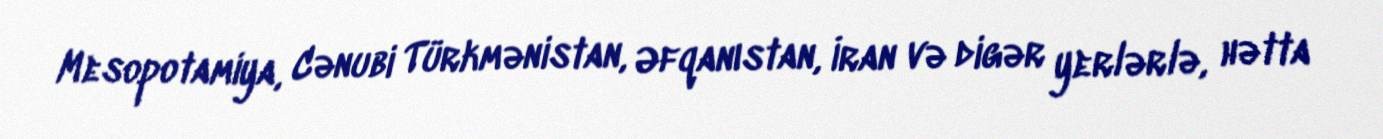
Mesopotamiya, Cənubi Türkmənistan, Əfqanıstan, İran və digər yerlərlə, hətta